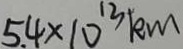
5 . 4 \times 1 0 ^ { 1 3 } k m